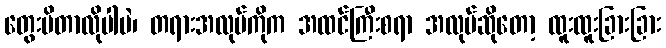
တွေးမိတာလိုပါပဲ၊ တရားအလုပ်ကိုက အထင်ကြီးစရာ အလုပ်ဆိုတော့ ထူးထူးခြားခြား